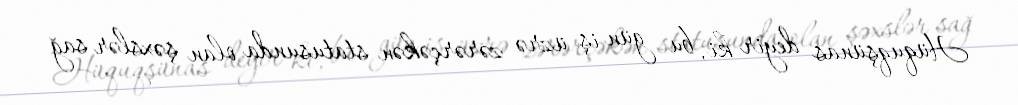
Hüquqşünas deyir ki, bu gün iş üzrə zərərçəkən statusunda olan şəxslər sağ